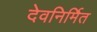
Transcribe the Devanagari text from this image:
देवनिर्मित